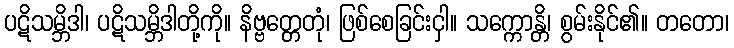
ပဋိသမ္ဘိဒါ၊ ပဋိသမ္ဘိဒါတို့ကို။ နိဗ္ဗတ္တေတုံ၊ ဖြစ်စေခြင်းငှါ။ သက္ကောန္တိ၊ စွမ်းနိုင်၏။ တတော၊